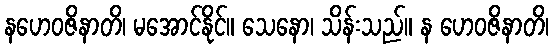
နဟေဝဇိနာတိ၊ မအောင်နိုင်။ သေနော၊ သိန်းသည်။ န ဟေဝဇိနာတိ၊